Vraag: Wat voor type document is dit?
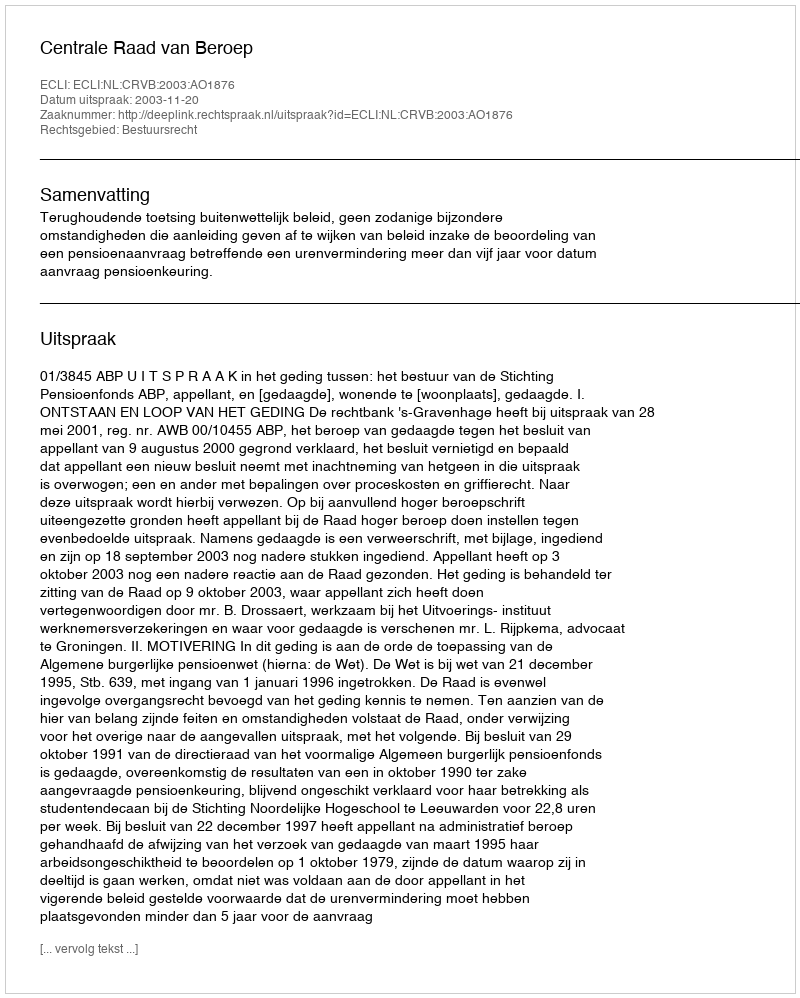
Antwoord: Uitspraak